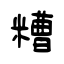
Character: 糟